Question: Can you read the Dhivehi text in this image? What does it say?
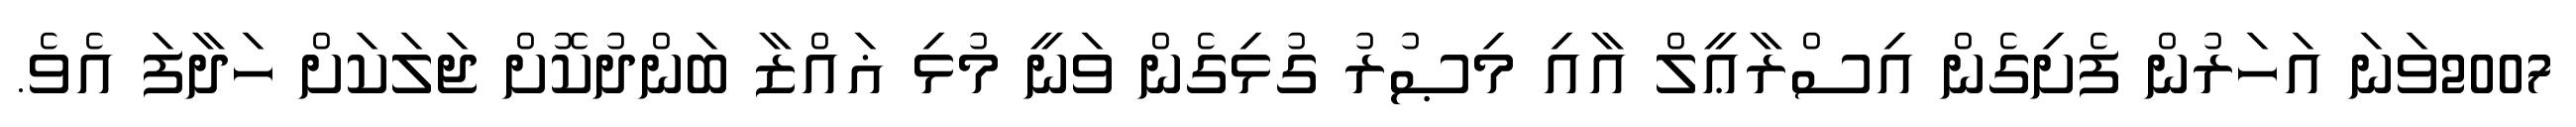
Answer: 2007ވަނަ އަހަރުން ފެށިގެން އިސްރާޢީލް އާއި މިޞުރު ގުޅިގެން ވަނީ މުޅި ޣައްޒާ ބަންދުކޮށް ޖަލަކަށް ހަދާފަ އެވެ.